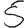
Digit: 5